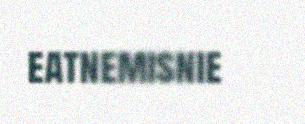
eatnemisnie